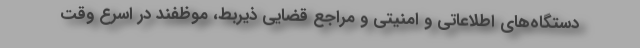
دستگاه‌های اطلاعاتی و امنیتی و مراجع قضایی ذیربط، موظفند در اسرع وقت